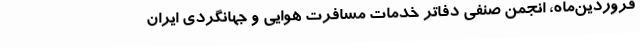
فروردین‌ماه، انجمن صنفی دفاتر خدمات مسافرت هوایی و جهانگردی ایران